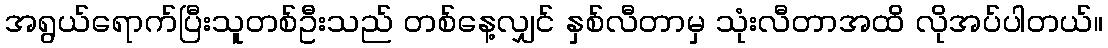
အရွယ်ရောက်ပြီးသူတစ်ဦးသည် တစ်နေ့လျှင် နှစ်လီတာမှ သုံးလီတာအထိ လိုအပ်ပါတယ်။